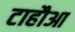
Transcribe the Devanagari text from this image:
टाहौआ